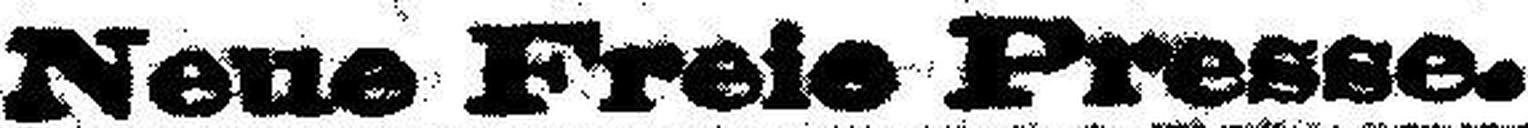
Neue Freie Presse.